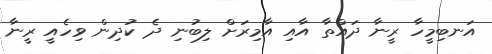
އަނބިމީހާ ރީނާ ދައްތާ އާއި އާމިރަށް ލިބުނި ދެ ކުދިން ވިހެއީ ރީނާ